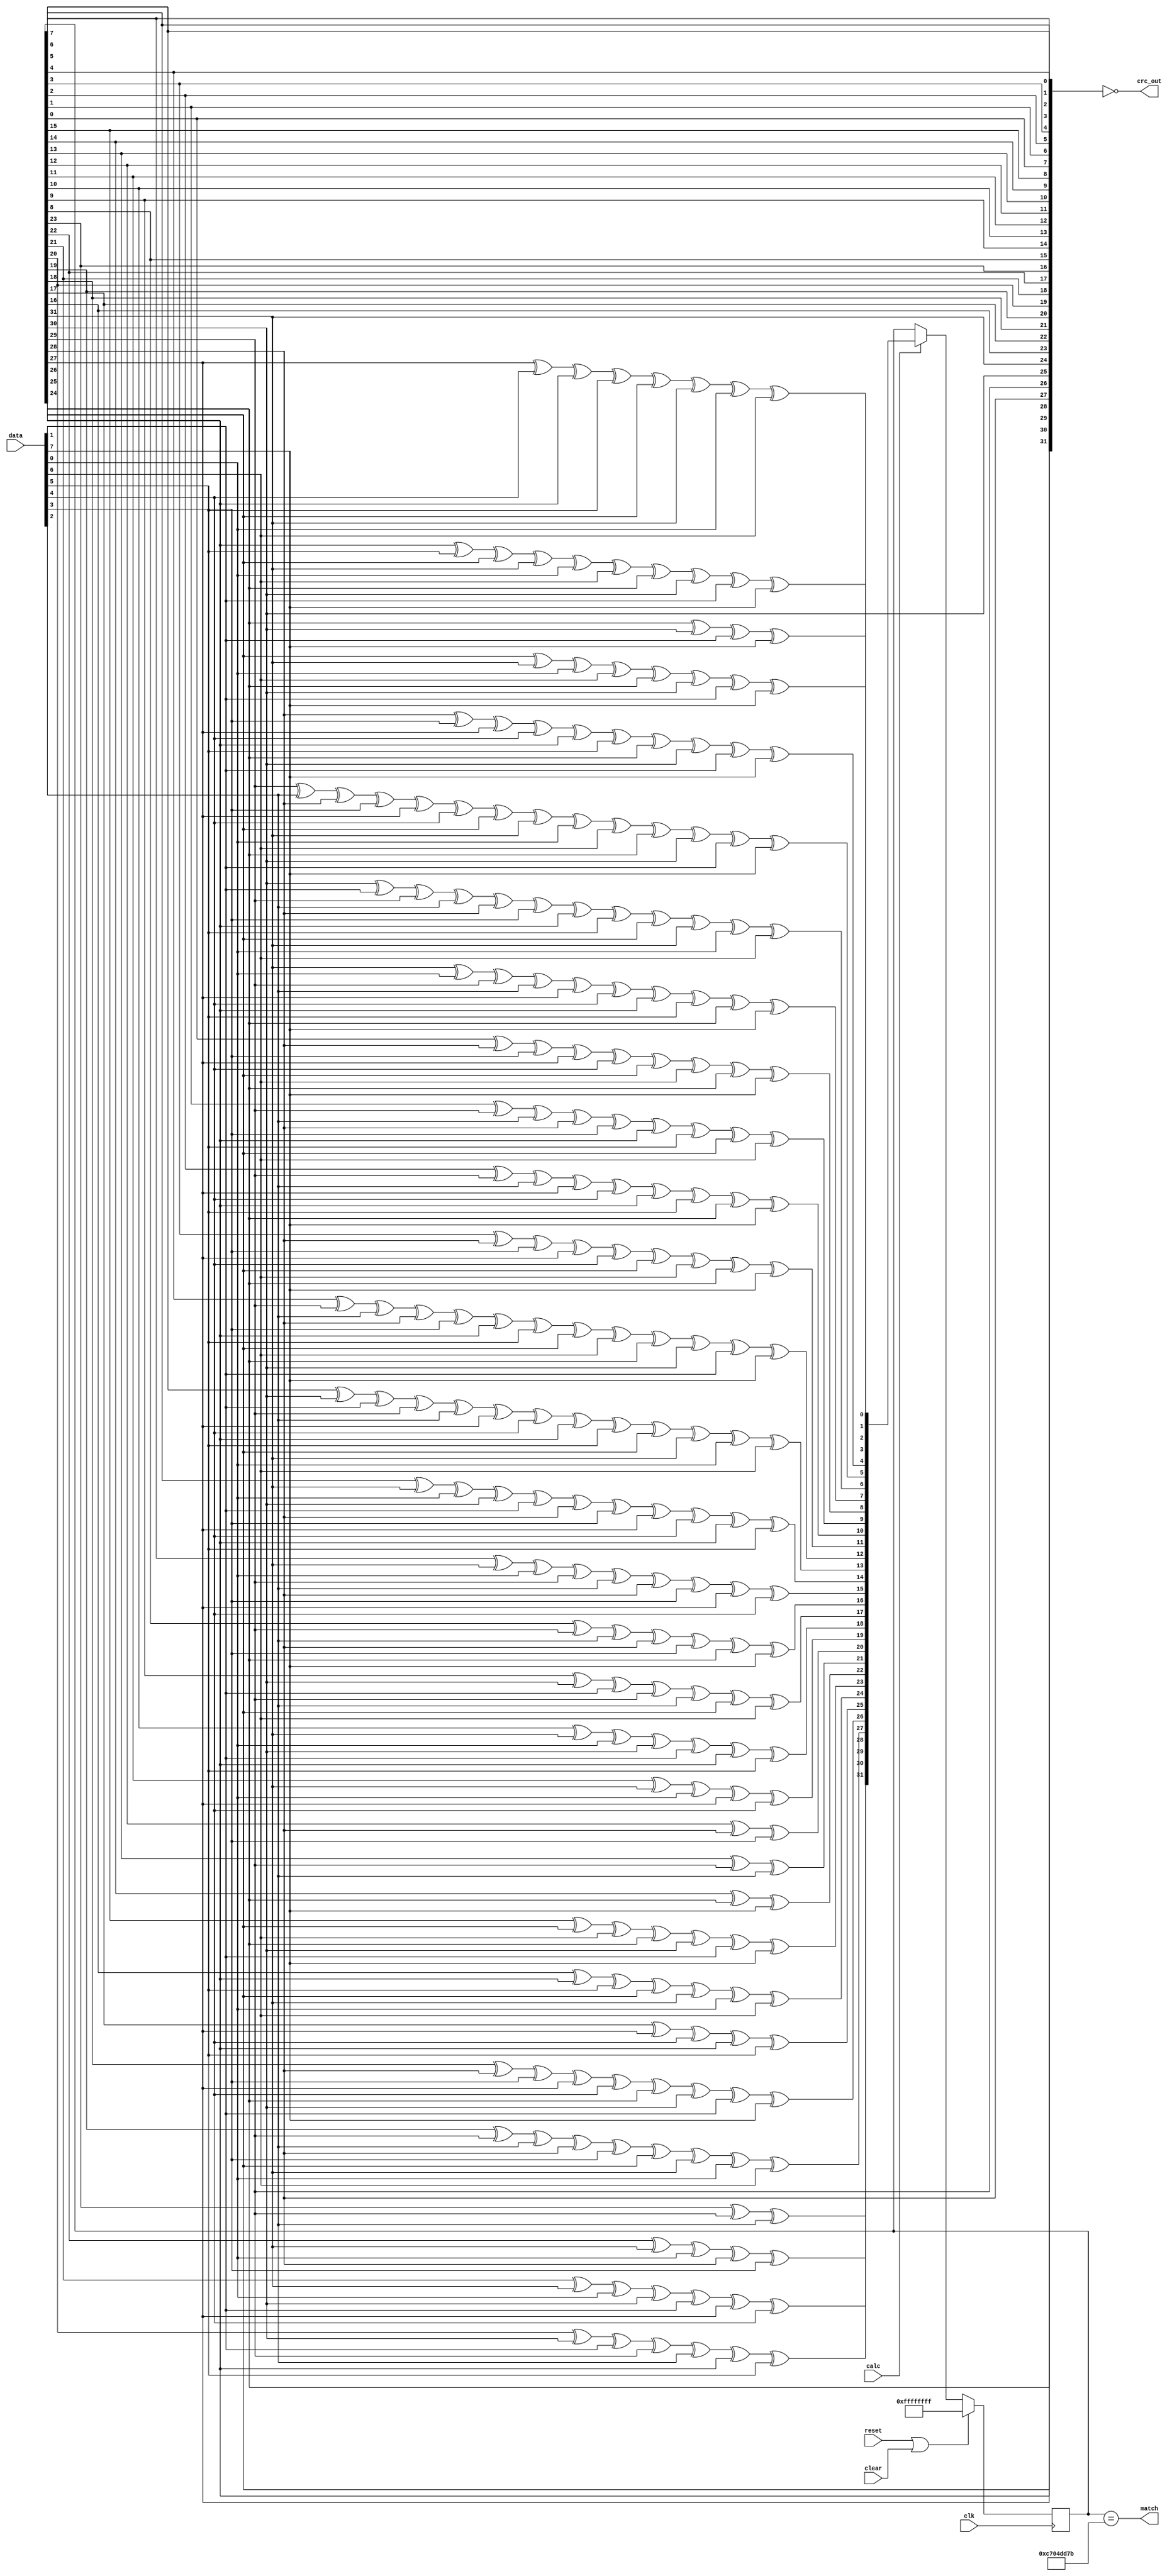
`timescale 1ns / 1ps
//////////////////////////////////////////////////////////////////////////////////
// Company: 
// Engineer: 
// 
// Design Name: 
// Module Name:    crc 
// Project Name: 
// Target Devices: 
// Tool versions: 
// Description: 
//
// Dependencies: 
//
// Revision: 
// Revision 0.01 - File Created
// Additional Comments: 
//
//////////////////////////////////////////////////////////////////////////////////
module crc
  (input clk, 
   input reset,
   input clear, 
   input [7:0] data,
   input calc,
   output [31:0] crc_out,
   output match);
   
   function[31:0]  NextCRC;
      input[7:0]      D;
      input[31:0]     C;
      reg[31:0]       NewCRC;
      begin
	 NewCRC[0]   = C[24]^C[30]^D[1]^D[7];
	 NewCRC[1]   = C[25]^C[31]^D[0]^D[6]^C[24]^C[30]^D[1]^D[7];
	 NewCRC[2]   = C[26]^D[5]^C[25]^C[31]^D[0]^D[6]^C[24]^C[30]^D[1]^D[7];
	 NewCRC[3]   = C[27]^D[4]^C[26]^D[5]^C[25]^C[31]^D[0]^D[6];
	 NewCRC[4]   = C[28]^D[3]^C[27]^D[4]^C[26]^D[5]^C[24]^C[30]^D[1]^D[7];
	 NewCRC[5]   = C[29]^D[2]^C[28]^D[3]^C[27]^D[4]^C[25]^C[31]^D[0]^D[6]^C[24]^C[30]^D[1]^D[7];
	 NewCRC[6]   = C[30]^D[1]^C[29]^D[2]^C[28]^D[3]^C[26]^D[5]^C[25]^C[31]^D[0]^D[6];
	 NewCRC[7]   = C[31]^D[0]^C[29]^D[2]^C[27]^D[4]^C[26]^D[5]^C[24]^D[7];
	 NewCRC[8]   = C[0]^C[28]^D[3]^C[27]^D[4]^C[25]^D[6]^C[24]^D[7];
	 NewCRC[9]   = C[1]^C[29]^D[2]^C[28]^D[3]^C[26]^D[5]^C[25]^D[6];
	 NewCRC[10]  = C[2]^C[29]^D[2]^C[27]^D[4]^C[26]^D[5]^C[24]^D[7];
	 NewCRC[11]  = C[3]^C[28]^D[3]^C[27]^D[4]^C[25]^D[6]^C[24]^D[7];
	 NewCRC[12]  = C[4]^C[29]^D[2]^C[28]^D[3]^C[26]^D[5]^C[25]^D[6]^C[24]^C[30]^D[1]^D[7];
	 NewCRC[13]  = C[5]^C[30]^D[1]^C[29]^D[2]^C[27]^D[4]^C[26]^D[5]^C[25]^C[31]^D[0]^D[6];
	 NewCRC[14]  = C[6]^C[31]^D[0]^C[30]^D[1]^C[28]^D[3]^C[27]^D[4]^C[26]^D[5];
	 NewCRC[15]  = C[7]^C[31]^D[0]^C[29]^D[2]^C[28]^D[3]^C[27]^D[4];
	 NewCRC[16]  = C[8]^C[29]^D[2]^C[28]^D[3]^C[24]^D[7];
	 NewCRC[17]  = C[9]^C[30]^D[1]^C[29]^D[2]^C[25]^D[6];
	 NewCRC[18]  = C[10]^C[31]^D[0]^C[30]^D[1]^C[26]^D[5];
	 NewCRC[19]  = C[11]^C[31]^D[0]^C[27]^D[4];
	 NewCRC[20]  = C[12]^C[28]^D[3];
	 NewCRC[21]  = C[13]^C[29]^D[2];
	 NewCRC[22]  = C[14]^C[24]^D[7];
	 NewCRC[23]  = C[15]^C[25]^D[6]^C[24]^C[30]^D[1]^D[7];
	 NewCRC[24]  = C[16]^C[26]^D[5]^C[25]^C[31]^D[0]^D[6];
	 NewCRC[25]  = C[17]^C[27]^D[4]^C[26]^D[5];
	 NewCRC[26]  = C[18]^C[28]^D[3]^C[27]^D[4]^C[24]^C[30]^D[1]^D[7];
	 NewCRC[27]  = C[19]^C[29]^D[2]^C[28]^D[3]^C[25]^C[31]^D[0]^D[6];
	 NewCRC[28]  = C[20]^C[30]^D[1]^C[29]^D[2]^C[26]^D[5];
	 NewCRC[29]  = C[21]^C[31]^D[0]^C[30]^D[1]^C[27]^D[4];
	 NewCRC[30]  = C[22]^C[31]^D[0]^C[28]^D[3];
	 NewCRC[31]  = C[23]^C[29]^D[2];
	 NextCRC     = NewCRC;
      end
   endfunction

   reg [31:0] crc_reg;
   always @ (posedge clk)
     if (reset | clear)
       crc_reg 	    <= 32'hffffffff;
     else if (calc)
       crc_reg 	    <= NextCRC(data,crc_reg);
        
   assign crc_out    = ~{crc_reg[24],crc_reg[25],crc_reg[26],crc_reg[27],crc_reg[28],crc_reg[29],crc_reg[30],crc_reg[31],
		      crc_reg[16],crc_reg[17],crc_reg[18],crc_reg[19],crc_reg[20],crc_reg[21],crc_reg[22],crc_reg[23],
		      crc_reg[8],crc_reg[9],crc_reg[10],crc_reg[11],crc_reg[12],crc_reg[13],crc_reg[14],crc_reg[15],
		      crc_reg[0],crc_reg[1],crc_reg[2],crc_reg[3],crc_reg[4],crc_reg[5],crc_reg[6],crc_reg[7] };

   assign match  = (crc_reg == 32'hc704_dd7b);
		    


endmodule